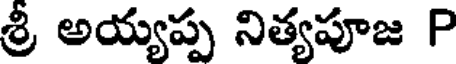
శ్రీ అయ్యప్ప నిత్యపూజ P